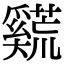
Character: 𪥣